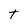
Character: t